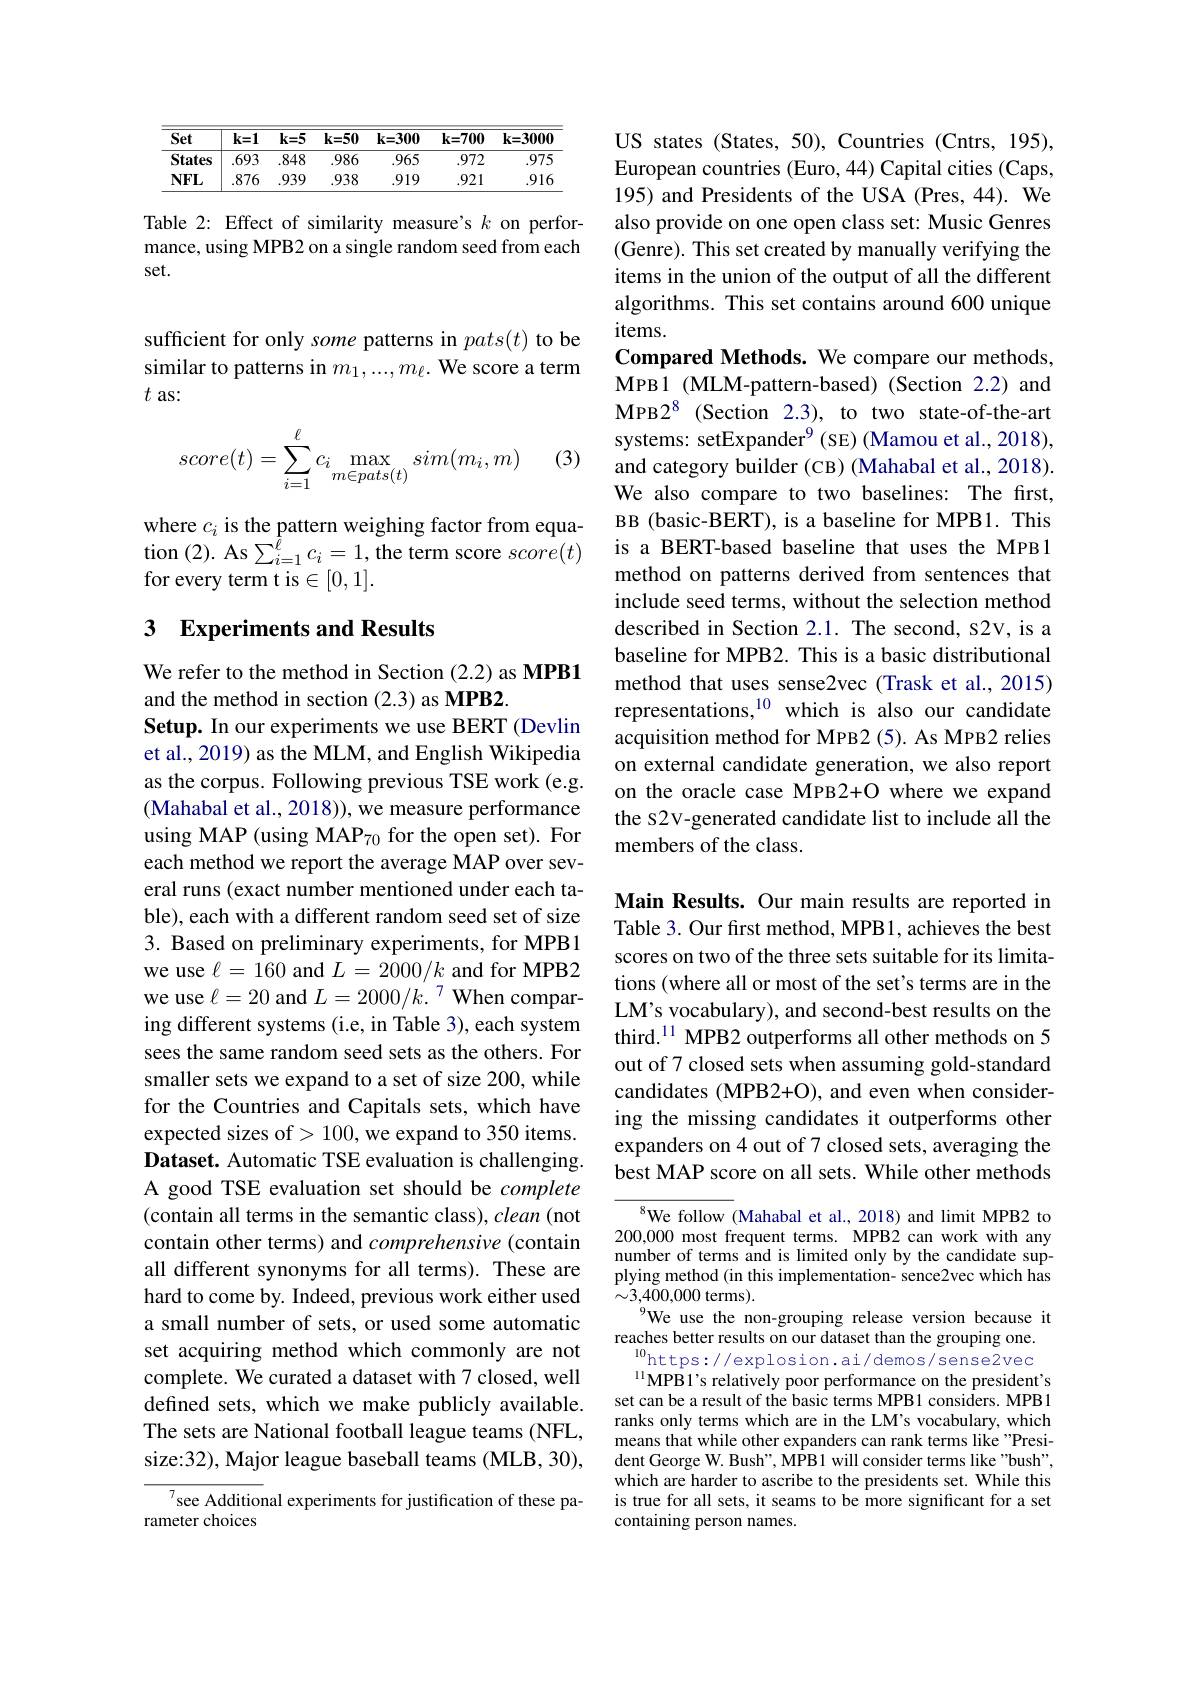
<table>
	<tbody>
		<tr>
			<th>Set</th>
			<th>$k=1$</th>
			<th>$k=5$</th>
			<th>$k=50$</th>
			<th>$\mathbf{k=300}$</th>
			<th>$\mathbf{k=700}$</th>
			<th>$\mathbf{k=3000}$</th>
		</tr>
		<tr>
			<td>States</td>
			<td>.693</td>
			<td>.848</td>
			<td>.986</td>
			<td>.965</td>
			<td>.972</td>
			<td>.975</td>
		</tr>
		<tr>
			<td>$NFL$</td>
			<td>.876</td>
			<td>.939</td>
			<td>.938</td>
			<td>.919</td>
			<td>.921</td>
			<td>.916</td>
		</tr>
	</tbody>
</table>

Table 2: Effect of similarity measure's $k$ on performance, using MPB2 on a single random seed from each set.

sufficient for only some patterns in $pats(t)$ to be similar to patterns in $m_1,...,m_\ell.$ We score a term $t$ as:
$$score(t)=\sum\limits_{i=1}^\ell c_i\max\limits_{m\in pats(t)}sim(m_i,m)$$
(3)

where $c_i$ is the pattern weighing factor from equa- $\operatorname{tion}(2).$ As $\sum_i=1^{\bar{\ell}}c_{i}=1$, the term score $score(t)$ for every term t is$\in[0,1].$

## 3 Experiments and Results

We refer to the method in Section (2.2) as MPB1
and the method in section (2.3) as MPB2.
Setup. In our experiments we use BERT (Devlin et al., 2019) as the MLM, and English Wikipedia as the corpus. Following previous TSE work (e.g. (Mahabal et al., 2018)), we measure performance using MAP (using MAP$_70$ for the open set). For each method we report the average MAP over several runs (exact number mentioned under each table), each with a different random seed set of size 3. Based on preliminary experiments, for MPB1 we use $\ell=160$ and $L=2000/k$ and for MPB2 we use $\ell=20$ and $L=2000/k.^{7}$ When comparing different systems (i.e, in Table 3), each system sees the same random seed sets as the others. For smaller sets we expand to a set of size 200, while for the Countries and Capitals sets, which have expected sizes of> 100, we expand to 350 items. Dataset. Automatic TSE evaluation is challenging. A good TSE evaluation set should be complete (contain all terms in the semantic class), clean (not contain other terms) and comprehensive (contain all different synonyms for all terms). These are hard to come by. Indeed, previous work either used a small number of sets, or used some automatic set acquiring method which commonly are not complete. We curated a dataset with 7 closed, well defined sets, which we make publicly available. The sets are National football league teams (NFL, size:32), Major league baseball teams (MLB, 30),
${^{7}\text{see Addition}}$al experiments for justification of these pa-
rameter choices

US states (States, 50), Countries (Cntrs, 195), European countries (Euro, 44) Capital cities (Caps, 195) and Presidents of the USA (Pres, 44). We also provide on one open class set: Music Genres (Genre). This set created by manually verifying the items in the union of the output of all the different algorithms. This set contains around 600 unique items.
Compared Methods. We compare our methods, MPB1 (MLM-pattern-based) (Section 2.2) and MPB2$^8$ (Section 2.3), to two state-of-the-art systems: setExpander$^{9}$(SE)(Mamou et al., 2018), and category builder (CB) (Mahabal et al., 2018). We also compare to two baselines: The first, BB (basic-BERT), is a baseline for MPB1. This is a BERT-based baseline that uses the MPB1 method on patterns derived from sentences that include seed terms, without the selection method described in Section 2.1. The second, s2v, is a baseline for MPB2. This is a basic distributional method that uses sense2vec (Trask et al., 2015) representations,$^{10}$ which is also our candidate acquisition method for MPB2 (5). As MPB2 relies on external candidate generation, we also report on the oracle case MPB2+O where we expand the s2v-generated candidate list to include all the members of the class.

Main Results. Our main results are reported in Table 3. Our first method, MPB1, achieves the best scores on two of the three sets suitable for its limitations (where all or most of the set's terms are in the LM's vocabulary), and second-best results on the third.$^{11}$ MPB2 outperforms all other methods on 5 out of 7 closed sets when assuming gold-standard candidates (MPB2+O), and even when considering the missing candidates it outperforms other expanders on 4 out of 7 closed sets, averaging the best MAP score on all sets. While other methods

We follow (Mahabal et al., 2018) and limit MPB2 to 200,000 most frequent terms. MPB2 can work with any number of terms and is limited only by the candidate supplying method (in this implementation- sence2vec which has $\sim3,400,000$ terms).
We use the non-grouping release version because it
reaches better results on our dataset than the grouping one. $^{10}$https://explosion.ai/demos/sense2vec $^{11}$MPB1's relatively poor performance on the president's set can be a result of the basic terms MPB1 considers. MPB1 ranks only terms which are in the LM's vocabulary, which means that while other expanders can rank terms like "President George W. Bush", MPB1 will consider terms like "bush", which are harder to ascribe to the presidents set. While this is true for all sets, it seams to be more significant for a set containing person names.